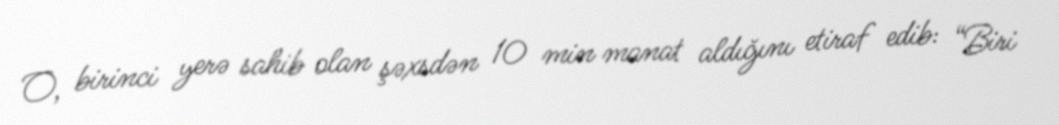
O, birinci yerə sahib olan şəxsdən 10 min manat aldığını etiraf edib: “Biri